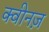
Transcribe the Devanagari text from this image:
क्वीनज़